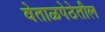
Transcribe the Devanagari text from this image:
वेताळपेठेतील